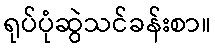
ရုပ်ပုံဆွဲသင်ခန်းစာ။